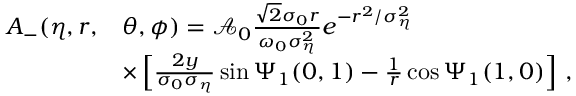
\begin{array} { r l } { A _ { - } ( \eta , r , } & { \theta , \phi ) = \mathcal { A } _ { 0 } \frac { \sqrt { 2 } \sigma _ { 0 } r } { \omega _ { 0 } \sigma _ { \eta } ^ { 2 } } e ^ { - r ^ { 2 } / \sigma _ { \eta } ^ { 2 } } } \\ & { \times \left[ \frac { 2 y } { \sigma _ { 0 } \sigma _ { \eta } } \sin \Psi _ { 1 } ( 0 , 1 ) - \frac { 1 } { r } \cos \Psi _ { 1 } ( 1 , 0 ) \right] \, , } \end{array}